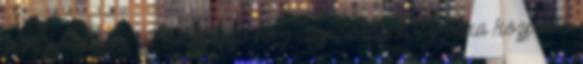
annak nevezni. A következő rész végre badass Piroska központú